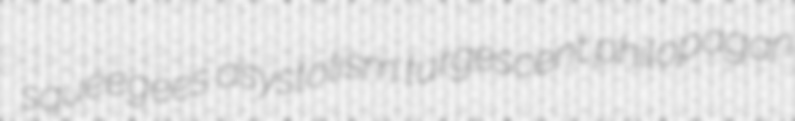
squeegees asystolism turgescent philopagan